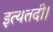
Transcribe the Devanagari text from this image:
इत्यतदी।